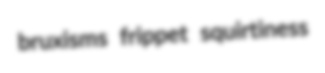
bruxisms frippet squirtiness